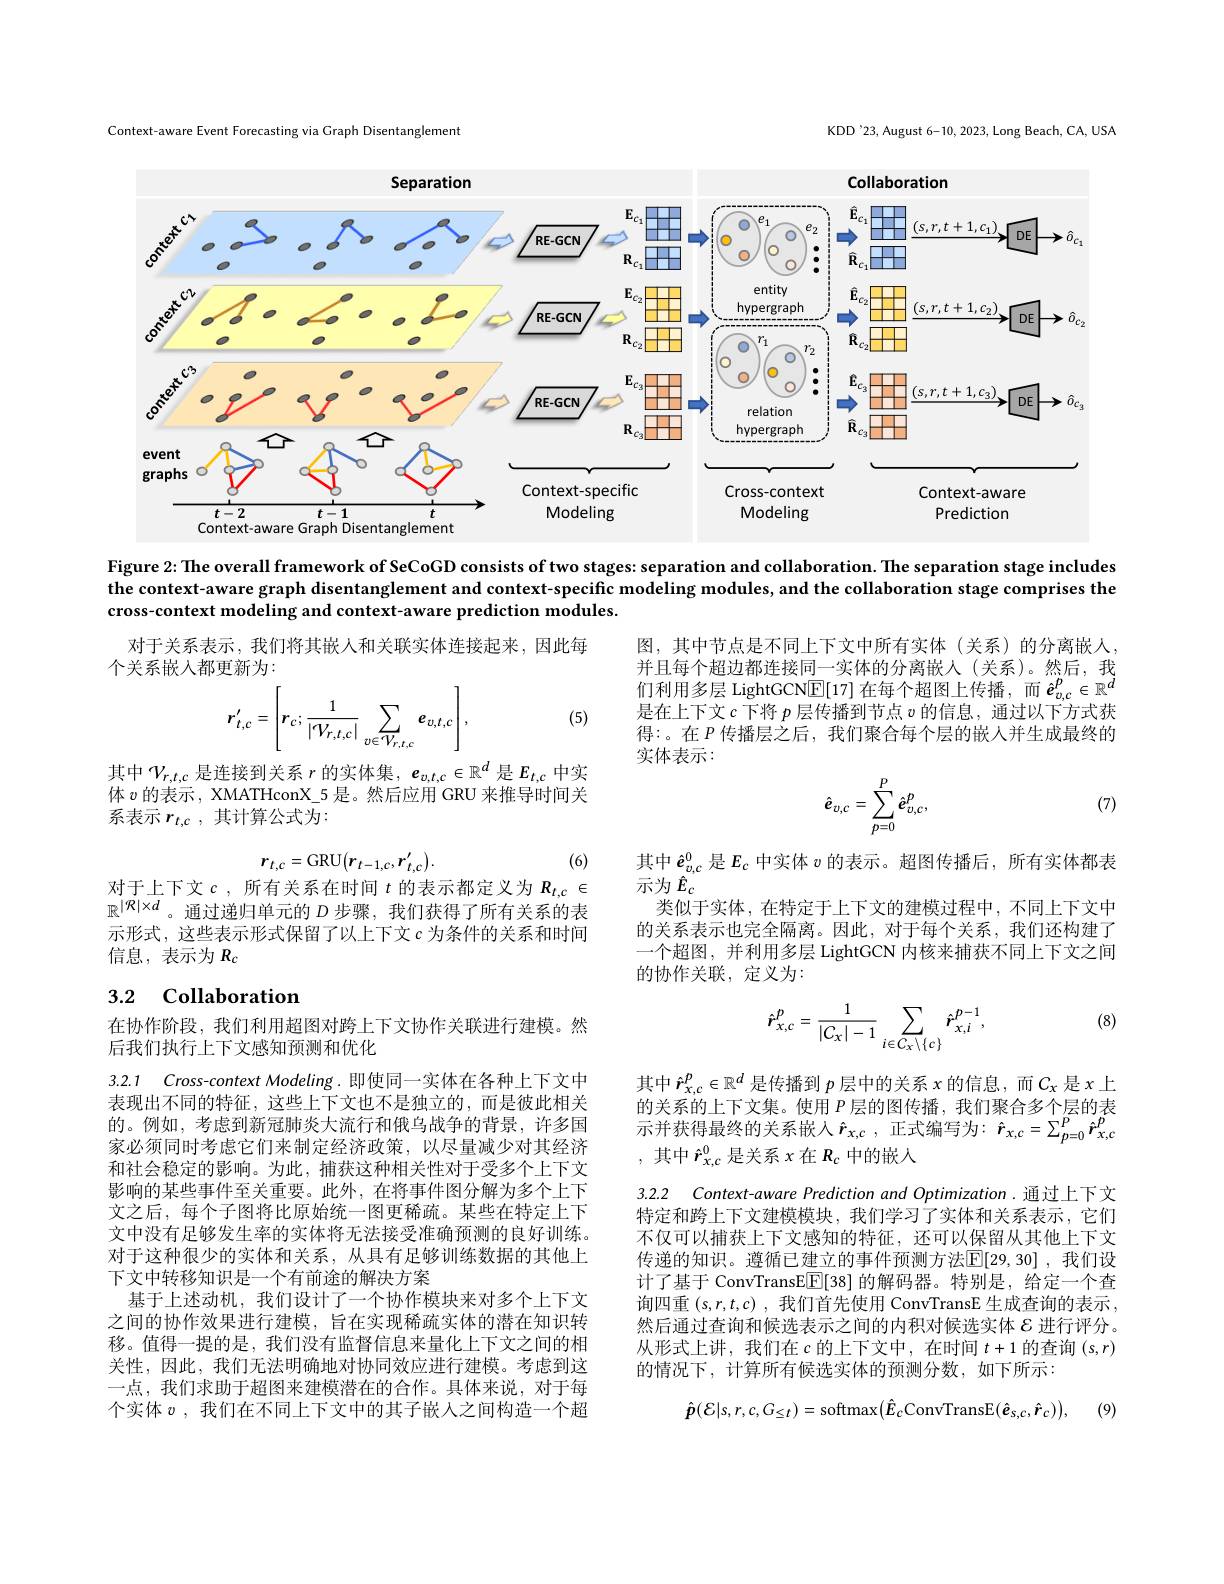
Context-aware Event Forecasting via Graph Disentanglement

KDD'23, August 6-10, 2023, Long Beach, CA, USA

<FigureHere>

Figure 2:The overall framework of SeCoGD consists of two stages: separation and collaboration. The separation stage includes the context-aware graph disentanglement and context-specific modeling modules, and the collaboration stage comprises the cross-context modeling and context-aware prediction modules.

对于关系表示，我们将其嵌人和关联实体连接起来，因此每
个关系嵌入都更新为：

图，其中节点是不同上下文中所有实体(关系)的分离嵌人， 并且每个超边都连接同一实体的分离嵌人(关系)。然后，我们利用多层 LightGCN$\mathbb{E}[17]$在每个超图上传播，而$\hat{\boldsymbol{e}}_{v,c}^p\in\mathbb{R}^d$ 是在上下文$c$下将$p$层传播到节点$v$的信息，通过以下方式获得：。在$P$传播层之后，我们聚合每个层的嵌人并生成最终的实体表示：
$$\hat{e}_{v,c}=\sum_{p=0}^{P}\hat{e}_{v,c}^{p},$$
$$r'_{t,c}=\left[r_c;\frac{1}{|V_{r,t,c}|}\sum_{v\in V_{r,t,c}}e_{v,t,c}\right],$$
(5)

其中$\mathcal{V}_r,t,c$是连接到关系$r$的实体集$,\boldsymbol e_v,t,c\in\mathbb{R}^d$是$E_t,c$中实体$v$的表示，XMATHconX\_5 是。然后应用 GRU 来推导时间关系表示$r_{t, c}$ ,其计算公式为：

(7)

(6)
$$r_{t,c}=\mathrm{GRU}(r_{t-1,c},r_{t,c}^{\prime}).$$
对于上下文$c$,所有关系在时间 $t$ 的表示都定义为 $R_t,c\in$

其中$\hat{\boldsymbol{e}}_{v,c}^0$是$E_c$中实体$v$的表示。超图传播后，所有实体都表
示为$\hat{E}_c$
类似于实体，在特定于上下文的建模过程中，不同上下文中的关系表示也完全隔离。因此，对于每个关系，我们还构建了一个超图，并利用多层 LightGCN 内核来捕获不同上下文之间的协作关联，定义为：

$\mathbb{R}^{|\mathcal{R}|\times d}$。通过递归单元的$D$步骤，我们获得了所有关系的表示形式，这些表示形式保留了以上下文$c$为条件的关系和时间信息，表示为$R_c$

# 3.2 Collaboration

(8)
$$\hat{r}_{x,c}^{p}=\frac{1}{|C_{x}|-1}\sum_{i\in C_{x}\setminus\{c\}}\hat{r}_{x,i}^{p-1},$$
在协作阶段，我们利用超图对跨上下文协作关联进行建模。然
后我们执行上下文感知预测和优化

其中$\hat{r}_x,c^p\in\mathbb{R}^d$是传播到$p$层中的关系$x$的信息，而$C_x$是$x$上的关系的上下文集。使用$P$层的图传播 , 我们聚合多个层的表示并获得最终的关系嵌入$\hat{r}_x,c$,正式编写为：$\hat{r}_x,c=\sum_{p=0}^P\hat{r}_{x,c}^p$ ,其中$\hat{r}_x,c^0$是关系$x$在$R_c$中的嵌入

3.2.2 Context-aware Prediction and Optimization. 通过上下文

3.2.1 Cross-context Modeling.即使同一实体在各种上下文中表现出不同的特征，这些上下文也不是独立的，而是彼此相关的。例如，考虑到新冠肺炎大流行和俄乌战争的背景，许多国家必须同时考虑它们来制定经济政策，以尽量减少对其经济和社会稳定的影响。为此，捕获这种相关性对于受多个上下文影响的某些事件至关重要。此外，在将事件图分解为多个上下文之后，每个子图将比原始统一图更稀疏。某些在特定上下文中没有足够发生率的实体将无法接受准确预测的良好训练。对于这种很少的实体和关系，从具有足够训练数据的其他上下文中转移知识是一个有前途的解决方案
基于上述动机，我们设计了一个协作模块来对多个上下文之间的协作效果进行建模，旨在实现稀疏实体的潜在知识转移。值得一提的是，我们没有监督信息来量化上下文之间的相关性，因此，我们无法明确地对协同效应进行建模。考虑到这一点，我们求助于超图来建模潜在的合作。具体来说，对于每个实体$v$ ,我们在不同上下文中的其子嵌人之间构造一个超

特定和跨上下文建模模块，我们学习了实体和关系表示，它们不仅可以捕获上下文感知的特征，还可以保留从其他上下文传递的知识。遵循已建立的事件预测方法$\boxed{\mathbb{E}}[29,30]$ ,我们设计了基于 ConvTransE[E[38] 的解码器。特别是，给定一个查询四重$(s,r,t,c)$ ,我们首先使用 ConvTransE 生成查询的表示， 然后通过查询和候选表示之间的内积对候选实体$\varepsilon$进行评分。从形式上讲，我们在$c$的上下文中，在时间$t+1$的查询$(s,r)$ 的情况下，计算所有候选实体的预测分数，如下所示：
$$\hat{\boldsymbol{p}}(\mathcal{E}|s,r,c,G_{\leq t})=\mathrm{softmax}\big(\hat{\boldsymbol{E}}_{c}\mathrm{ConvTransE}(\hat{\boldsymbol{e}}_{s,c},\hat{\boldsymbol{r}}_{c})\big),$$
(9)